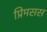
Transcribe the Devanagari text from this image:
प्रिमसस